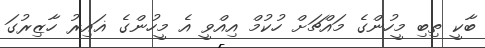
ބާކީ ތިބި މީހުންގެ މައްޗަށް ހުކުމް އިއްވީ އެ މީހުންގެ ޣައިރު ހާޒިރުގަ